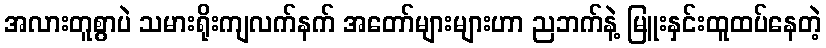
အလားတူစွာပဲ သမားရိုးကျလက်နက် အတော်များများဟာ ညဘက်နဲ့ မြူးနှင်းထူထပ်နေတဲ့